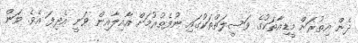
ދެން އިތުރަށް މީޑިއާތަކުގެ ވަސީލަތްތަކުގައި ނުފެތުރުމަށް އާއިލާއިން ވަނީ އެދިފަ އެވެ. ވަން